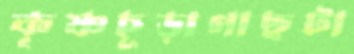
কৃষ্ণচূড়াগাছটা